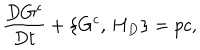
LaTeX: \frac { D G ^ { c } } { D t } + \{ G ^ { c } , \, H _ { D } \} = p c ,